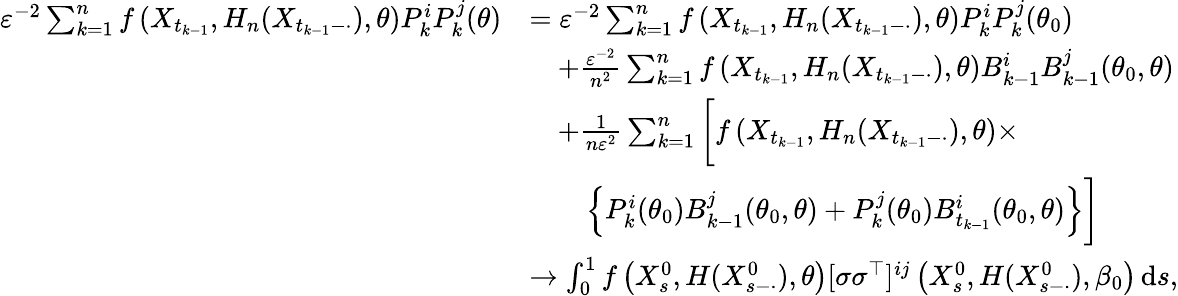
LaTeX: \begin{array}{rl}{\varepsilon^{-2}\sum_{k=1}^{n}f\left(X_{t_{k-1}},H_{n}(X_{t_{k-1}-\cdot}),\theta\right)P_{k}^{i}P_{k}^{j}(\theta)}&{=\varepsilon^{-2}\sum_{k=1}^{n}f\left(X_{t_{k-1}},H_{n}(X_{t_{k-1}-\cdot}),\theta\right)P_{k}^{i}P_{k}^{j}(\theta_{0})}\\ &{\quad+\frac{\varepsilon^{-2}}{n^{2}}\sum_{k=1}^{n}f\left(X_{t_{k-1}},H_{n}(X_{t_{k-1}-\cdot}),\theta\right)B_{k-1}^{i}B_{k-1}^{j}(\theta_{0},\theta)}\\ &{\quad+\frac{1}{n\varepsilon^{2}}\sum_{k=1}^{n}\bigg[f\left(X_{t_{k-1}},H_{n}(X_{t_{k-1}-\cdot}),\theta\right)\times}\\ &{\qquad\Big\{ P_{k}^{i}(\theta_{0})B_{k-1}^{j}(\theta_{0},\theta)+P_{k}^{j}(\theta_{0})B_{t_{k-1}}^{i}(\theta_{0},\theta)\Big\} \bigg]}\\ &{\to\int_{0}^{1}f\left(X_{s}^{0},H(X_{s-\cdot}^{0}),\theta\right)[\sigma\sigma^{\top}]^{ij}\left(X_{s}^{0},H(X_{s-\cdot}^{0}),\beta_{0}\right)\, \mathrm{d}s,}\end{array}